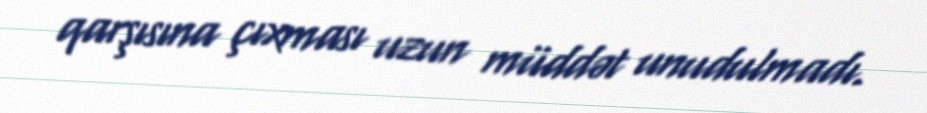
qarşısına çıxması uzun müddət unudulmadı.